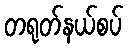
တရုတ်နယ်စပ်